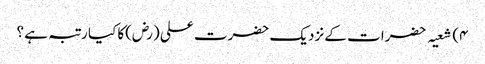
۴) شعیہ حضرات کے نزدیک حضرت علی (رض)کا کیا رتبہ ہے ؟